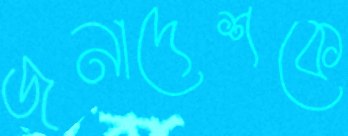
জনাদেশকে